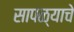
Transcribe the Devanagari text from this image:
सापळ्याचे